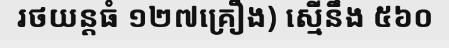
រថយន្តធំ ១២៧គ្រឿង) ស្មើនឹង ៥៦០